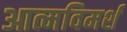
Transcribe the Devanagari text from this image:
आत्मविमर्श